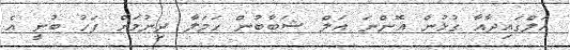
އަލްގައިދާއާ ގުޅުން އޮންނަ އަލް ޝަބާބުން ހަމަލާ ދިނުމަށް ފަހު ބުނީ އެ